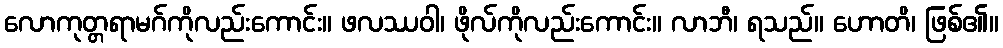
လောကုတ္တရာမဂ်ကိုလည်းကောင်း။ ဖလဿဝါ၊ ဖိုလ်ကိုလည်းကောင်း။ လာဘီ၊ ရသည်။ ဟောတိ၊ ဖြစ်၏။